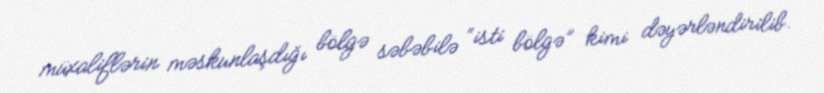
müxaliflərin məskunlaşdığı bölgə səbəbilə “isti bölgə” kimi dəyərləndirilib.